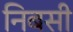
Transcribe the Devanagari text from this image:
निबसी